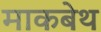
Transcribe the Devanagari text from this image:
माकबेथ